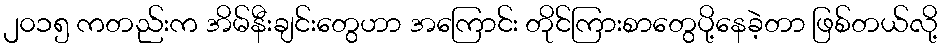
၂၀၁၅ ကတည်းက အိမ်နီးချင်းတွေဟာ အကြောင်း တိုင်ကြားစာတွေပို့နေခဲ့တာ ဖြစ်တယ်လို့